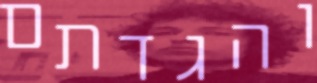
והגדתם